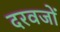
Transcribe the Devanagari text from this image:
दरवजों